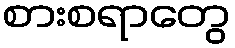
စားစရာတွေ